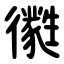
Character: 㣸